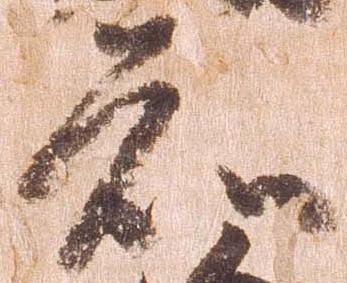
知